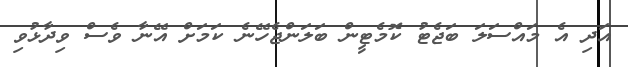
އަދި އެ މައްސަލަ ބަޖެޓު ކޮމެޓީން ބަލަންޖެހޭނެ ކަމަށް އޭނާ ވެސް ވިދާޅުވި